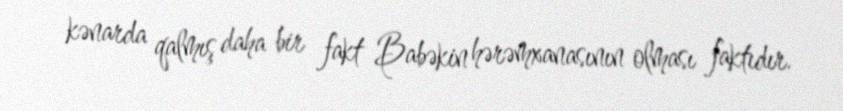
kənarda qalmış daha bir fakt Babəkin hərəmxanasının olması faktıdır.